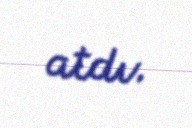
atdı.